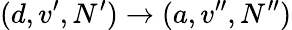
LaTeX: (d,v^{\prime},N^{\prime})\rightarrow(a,v^{\prime\prime},N^{\prime\prime})